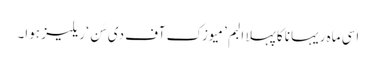
اسی ماہ ریہانا کا پہلا البم ’میوزک آف دی سَن‘ ریلیز ہوا۔